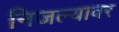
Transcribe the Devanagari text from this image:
निजल्यावर